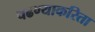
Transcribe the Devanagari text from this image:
चढण्याकरिता